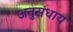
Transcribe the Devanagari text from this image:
अनुसंधाय